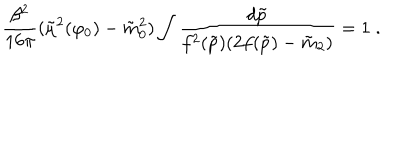
{ \frac { \beta ^ { 2 } } { 1 6 \pi } } ( \tilde { \mu } ^ { 2 } ( \varphi _ { 0 } ) - \tilde { m } _ { 0 } ^ { 2 } ) \int { \frac { d \tilde { p } } { f ^ { 2 } ( \tilde { p } ) ( 2 f ( \tilde { p } ) - \tilde { m } _ { 2 } ) } } = 1 \; .